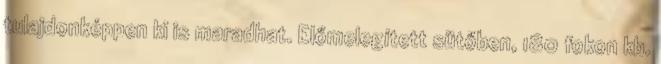
tulajdonképpen ki is maradhat. Előmelegített sütőben, 180 fokon kb.